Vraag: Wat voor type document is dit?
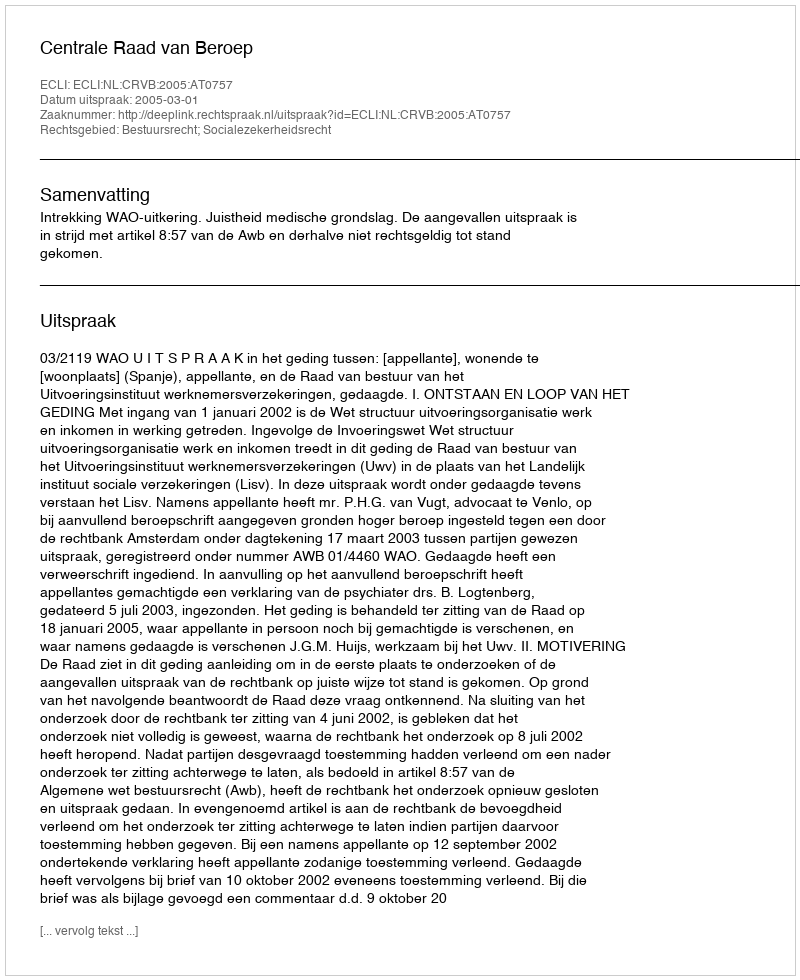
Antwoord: Uitspraak